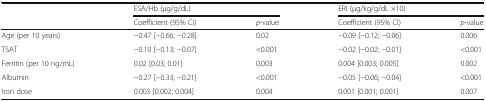
<table><thead><tr><td rowspan="2"></td><td colspan="2"><b>ESA/Hb (μg/g/dL)</b></td><td colspan="2"><b>ERI (μg/kg/g/dL ×10)</b></td></tr><tr><td><b>Coefficient (95% CI)</b></td><td><b><i>p</i>-value</b></td><td><b>Coefficient (95% CI)</b></td><td><b><i>p</i>-value</b></td></tr></thead><tbody><tr><td>Age (per 10 years)</td><td>−0.47 [−0.66; −0.28]</td><td>0.02</td><td>−0.09 [−0.12; −0.06]</td><td>0.006</td></tr><tr><td>TSAT</td><td>−0.10 [−0.13; −0.07]</td><td>&lt;0.001</td><td>−0.02 [−0.02; −0.01]</td><td>&lt;0.001</td></tr><tr><td>Ferritin (per 10 ng/mL)</td><td>0.02 [0.03; 0.01]</td><td>0.003</td><td>0.004 [0.003; 0.005]</td><td>0.002</td></tr><tr><td>Albumin</td><td>−0.27 [−0.33; −0.21]</td><td>&lt;0.001</td><td>−0.05 [−0.06; −0.04]</td><td>&lt;0.001</td></tr><tr><td>Iron dose</td><td>0.003 [0.002; 0.004]</td><td>0.004</td><td>0.001 [0.001; 0.001]</td><td>0.007</td></tr></tbody></table>